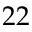
\boldsymbol { 2 2 }